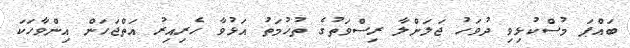
ބައްޕަ މުސްކުޅިވި ދުވަހު ޖަލަށްލާ ރިސްވަތުގެ ތުހުމަތު އަޅުވާ ހެރިއިރު އަތްޖަހަން އިންވާހަކަ